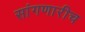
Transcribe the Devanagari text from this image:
सांगणारीच